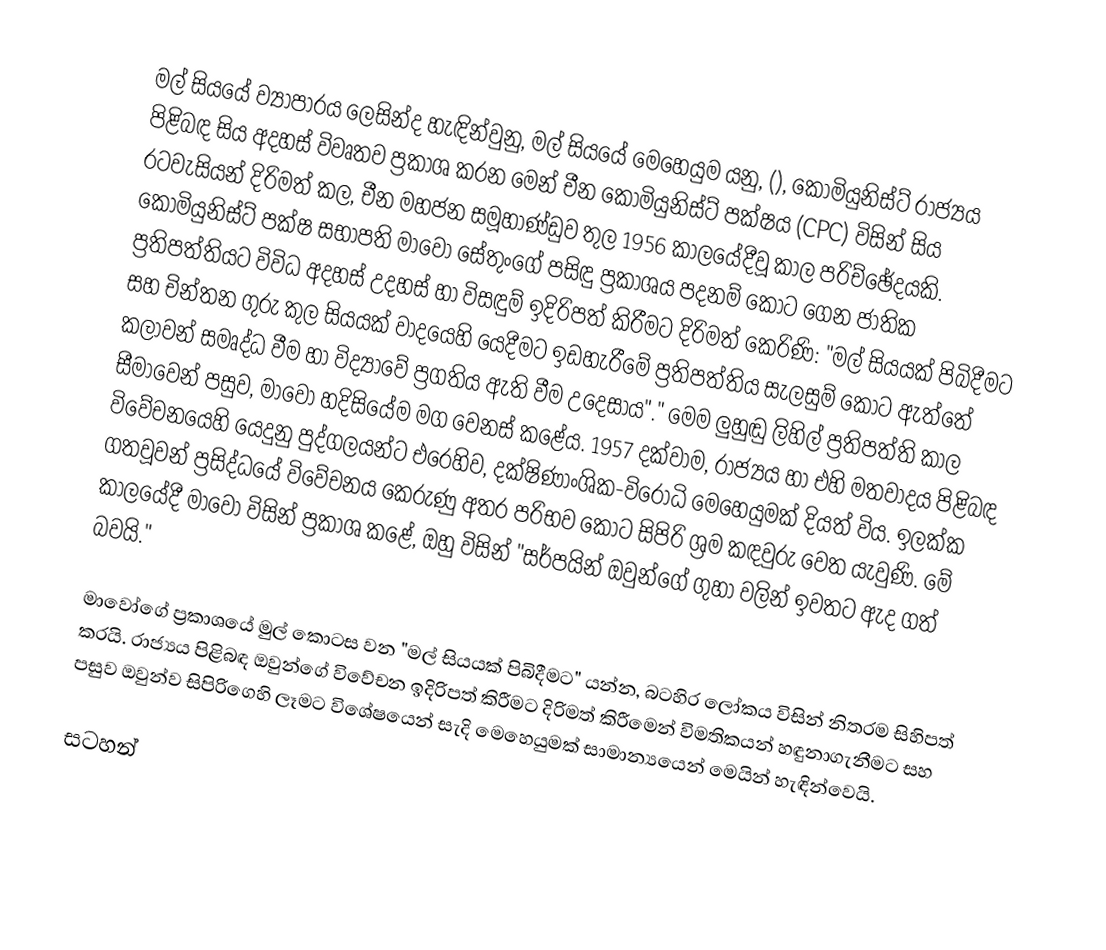
මල් සියයේ ව්‍යාපාරය ලෙසින්ද හැඳින්වුනු, මල් සියයේ මෙහෙයුම යනු, (), කොමියුනිස්ට් රාජ්‍යය පිළිබඳ සිය අදහස් විවෘතව ප්‍රකාශ කරන මෙන්  චීන කොමියුනිස්ට් පක්ෂය (CPC) විසින් සිය රටවැසියන් දිරිමත් කල,  චීන මහජන සමූහාණ්ඩුව තුල 1956 කාලයේදීවූ කාල පරිච්ඡේදයකි. කොමියුනිස්ට් පක්ෂ සභාපති මාවෝ සේතුංගේ පසිඳු ප්‍රකාශය පදනම් කොට ගෙන ජාතික ප්‍රතිපත්තියට විවිධ අදහස් උදහස් හා විසඳුම් ඉදිරිපත් කිරීමට දිරිමත් කෙරිණි: "මල් සියයක් පිබිදීමට සහ චින්තන ගුරු කුල සියයක් වාදයෙහි යෙදීමට ඉඩහැරීමේ ප්‍රතිපත්තිය සැලසුම් කොට ඇත්තේ කලාවන් සමෘද්ධ වීම හා විද්‍යාවේ ප්‍රගතිය ඇති වීම උදෙසාය"."   මෙම ලුහුඬු ලිහිල් ප්‍රතිපත්ති කාල සීමාවෙන් පසුව, මාවෝ හදිසියේම මග වෙනස් කළේය.  1957 දක්වාම, රාජ්‍යය හා එහි මතවාදය පිළිබඳ විවේචනයෙහි යෙදුනු පුද්ගලයන්ට එරෙහිව,   දක්ෂිණාංශික-විරෝධි මෙහෙයුමක් දියත් විය. ඉලක්ක ගතවූවන් ප්‍රසිද්ධයේ විවේචනය කෙරුණු අතර පරිභව කොට සිපිරි ශ්‍රම කඳවුරු වෙත යැවුණි.   මේ කාලයේදී මාවෝ විසින් ප්‍රකාශ කළේ, ඔහු විසින් "සර්පයින් ඔවුන්ගේ ගුහා වලින් ඉවතට ඇද ගත් බවයි."

මාවෝගේ ප්‍රකාශයේ මුල් කොටස වන  "මල් සියයක් පිබිදීමට" යන්න, බටහිර ලෝකය විසින් නිතරම සිහිපත් කරයි. රාජ්‍යය පිළිබඳ ඔවුන්ගේ විවේචන ඉදිරිපත් කිරීමට දිරිමත් කිරීමෙන් විමතිකයන් හඳුනාගැනීමට සහ පසුව ඔවුන්ව සිපිරිගෙහි ලෑමට විශේෂයෙන් සැදි මෙහෙයුමක් සාමාන්‍යයෙන් මෙයින් හැඳින්වෙයි.

සටහන්